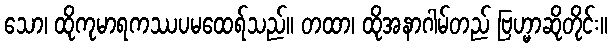
သော၊ ထိုကုမာရကဿပမထေရ်သည်။ တထာ၊ ထိုအနာဂါမ်တည် ဗြဟ္မာဆိုတိုင်း။